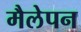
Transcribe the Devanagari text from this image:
मैलेपन